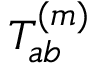
T _ { a b } ^ { ( m ) }